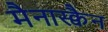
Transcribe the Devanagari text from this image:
मैनास्क्वैन